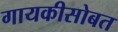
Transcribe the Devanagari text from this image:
गायकीसोबत